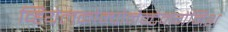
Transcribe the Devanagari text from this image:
व्हियेलकोम्पोनेन्टेनगेमिश